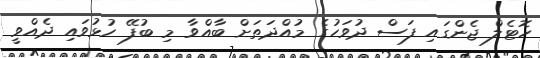
ހޮޓެލް ޖެންގައި ފަސް ދުވަހުގެ މުއްދަތަށް ބާއްވާ މި ބުފޭ ހުޅުވައި ދެއްވީ